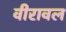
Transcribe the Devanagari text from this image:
वीरावल